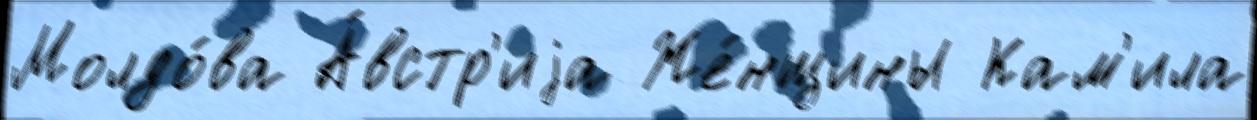
Молдо́ва А́встр'иjа Же́нщины Кам'ила